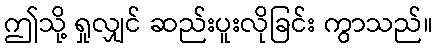
ဤသို့ ရှုလျှင် ဆည်းပူးလိုခြင်း ကွာသည်။